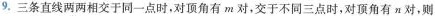
9.三条直线两两相交于同一点时，对顶角有m对，交于不同三点时，对顶角有n对，则